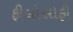
ફીલોસોફી